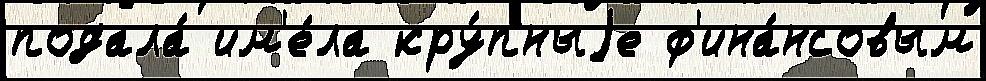
подала́ им'е́ла кру́пныjе ф'ина́нсовым